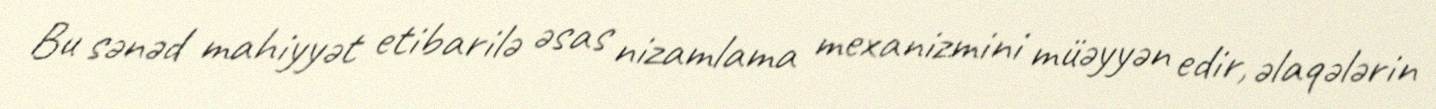
Bu sənəd mahiyyət etibarilə əsas nizamlama mexanizmini müəyyən edir, əlaqələrin